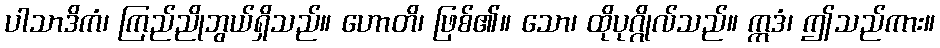
ပါသာဒိကံ၊ ကြည်ညိုဘွယ်ရှိသည်။ ဟောတိ၊ ဖြစ်၏။ သော၊ ထိုပုဂ္ဂိုလ်သည်။ ဣဒံ၊ ဤသည်ကား။